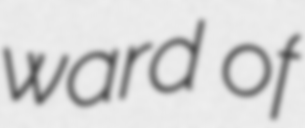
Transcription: ward of